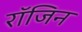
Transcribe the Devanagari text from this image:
रॉजिन